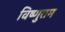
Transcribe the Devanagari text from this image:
विष्णुराम